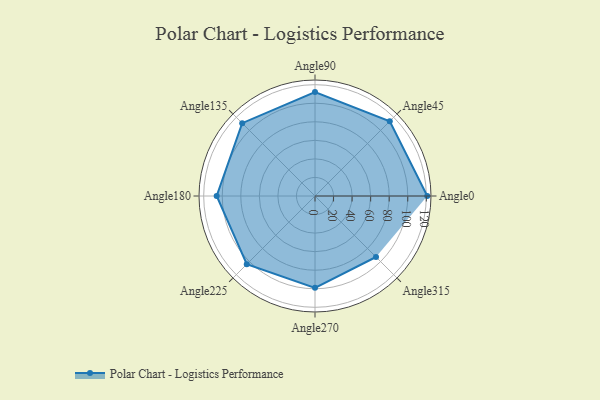
{"axis": {"x": "Angle", "y": "Radius"}, "legend": [""], "data": [{"x": "Angle0", "y": 121.0, "type": ""}, {"x": "Angle45", "y": 114.0, "type": ""}, {"x": "Angle90", "y": 112.0, "type": ""}, {"x": "Angle135", "y": 111.0, "type": ""}, {"x": "Angle180", "y": 106.0, "type": ""}, {"x": "Angle225", "y": 104.0, "type": ""}, {"x": "Angle270", "y": 99.0, "type": ""}, {"x": "Angle315", "y": 93.0, "type": ""}]}